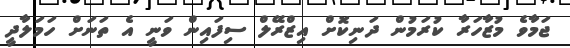
ޖަމާވެ މުޒާހަރާ ކުރަމުން ދަނިކޮށް އިޒްރޭލް ސިފައިން ވަނީ އެ ތަނަށް ހަމަލާދީ